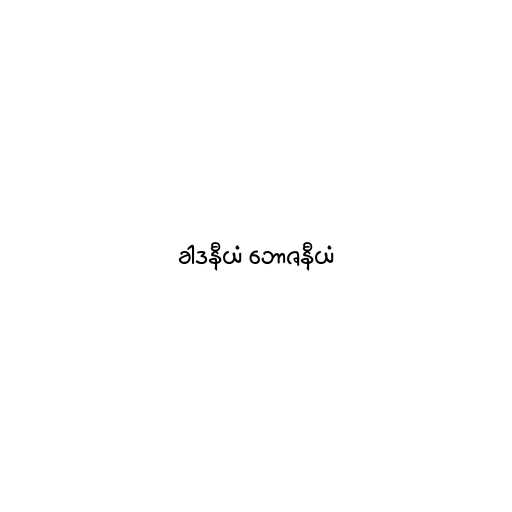
ခါဒနီယံ ဘောဇနီယံ